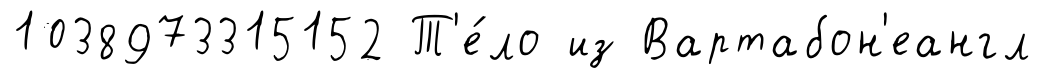
1038973315152 Т'е́ло из Вартабон'еангл